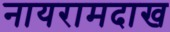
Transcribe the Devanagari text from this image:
नायरामदाख